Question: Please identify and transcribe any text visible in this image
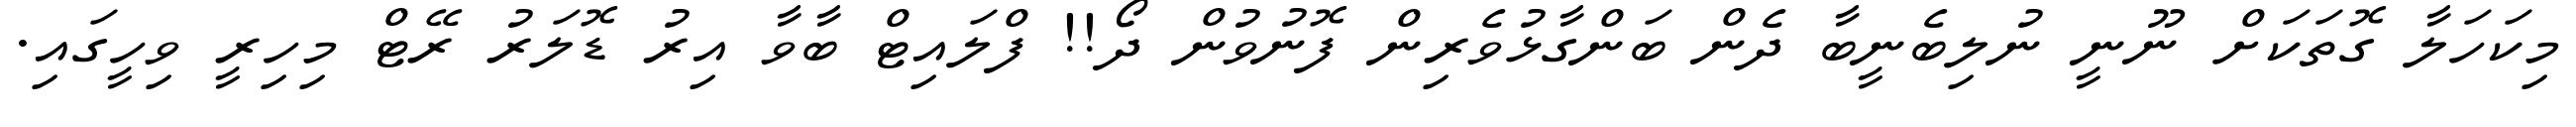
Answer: މިކަހަލާ ގޮތަކަށް ނޫނީ ނުލިބެނީބާ ދެން ބަންގާޅުވެރިން ފޮނުވުން ދޯ!! ފްލައިޓް ބާވާ އިރު ޑޮލަރު ރޭޓް މިހިރީ ވިހީގައި.